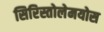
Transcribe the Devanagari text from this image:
सिरिस्तोलेमयोस